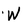
Character: W